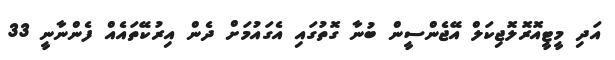
އަދި މީޓީއޮރޮލޮޖިކަލް އޭޖެންސީން ބުނާ ގޮތުގައި އެގައުމަށް ދެން އިރުކޭތައެއް ފެންނާނީ 33